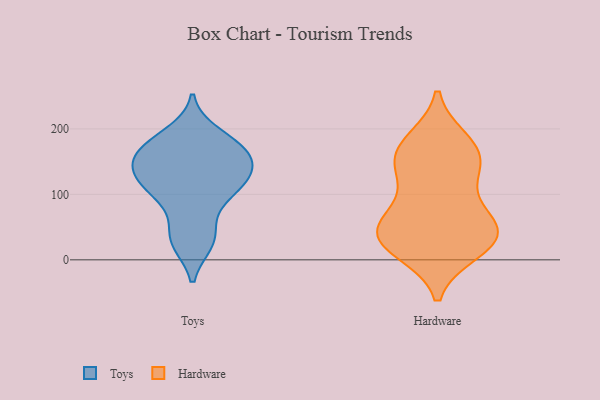
{"axis": {"x": "Conversion Rate (%)", "y": "Value"}, "legend": ["Hardware", "Toys"], "data": [{"x": "", "y": 124, "type": "Toys"}, {"x": "", "y": 136, "type": "Toys"}, {"x": "", "y": 140, "type": "Toys"}, {"x": "", "y": 117, "type": "Toys"}, {"x": "", "y": 166, "type": "Toys"}, {"x": "", "y": 28, "type": "Toys"}, {"x": "", "y": 27, "type": "Toys"}, {"x": "", "y": 174, "type": "Toys"}, {"x": "", "y": 42, "type": "Toys"}, {"x": "", "y": 177, "type": "Toys"}, {"x": "", "y": 117, "type": "Toys"}, {"x": "", "y": 90, "type": "Toys"}, {"x": "", "y": 192, "type": "Toys"}, {"x": "", "y": 158, "type": "Toys"}, {"x": "", "y": 100, "type": "Toys"}, {"x": "", "y": 156, "type": "Toys"}, {"x": "", "y": 14, "type": "Hardware"}, {"x": "", "y": 132, "type": "Hardware"}, {"x": "", "y": 134, "type": "Hardware"}, {"x": "", "y": 59, "type": "Hardware"}, {"x": "", "y": 50, "type": "Hardware"}, {"x": "", "y": 174, "type": "Hardware"}, {"x": "", "y": 41, "type": "Hardware"}, {"x": "", "y": 163, "type": "Hardware"}, {"x": "", "y": 181, "type": "Hardware"}, {"x": "", "y": 50, "type": "Hardware"}, {"x": "", "y": 156, "type": "Hardware"}, {"x": "", "y": 87, "type": "Hardware"}, {"x": "", "y": 34, "type": "Hardware"}, {"x": "", "y": 27, "type": "Hardware"}, {"x": "", "y": 19, "type": "Hardware"}]}